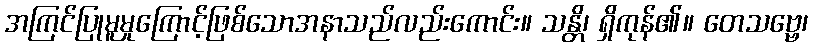
အကြင်ပြုမူမှုကြောင့်ဖြစ်သောအနာသည်လည်းကောင်း။ သန္တိ၊ ရှိကုန်၏။ တေသဗ္ဗေ၊